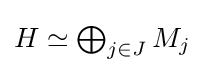
{\textstyle H\simeq \bigoplus _{j\in J}M_{j}}